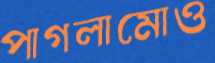
পাগলামোও